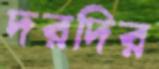
দরদির